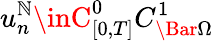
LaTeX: u_{n}^{\mathbb{N}}\inC_{[0,T]}^{0}C_{\Bar{\Omega}}^{1}